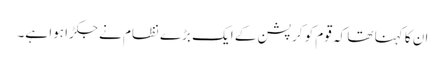
ان کا کہنا تھا کہ قوم کو کرپشن کے ایک بڑے نظام نے جکڑا ہوا ہے۔